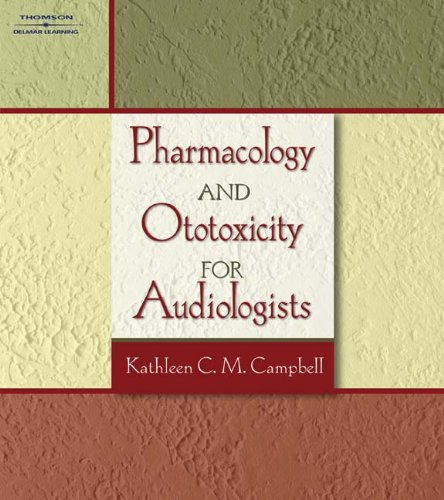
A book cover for Pharmacology and Ototoxicity for Audiologists; Kathleen C. M. Campbell; Medical Books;